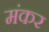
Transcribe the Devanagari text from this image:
मंकर